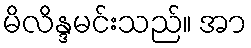
မိလိန္ဒမင်းသည်။ အာ